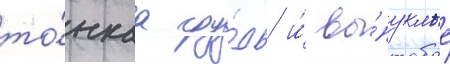
то́нкаа гру́дь и́ вы́пуклые